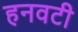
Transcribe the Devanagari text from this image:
हनवटी